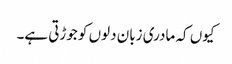
کیوں کہ مادری زبان دلوں کو جوڑتی ہے۔